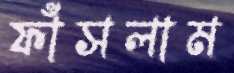
ফাঁসলাম